Vaccination in Bombay 1863-1868 - 1863-1868
Year: 1863
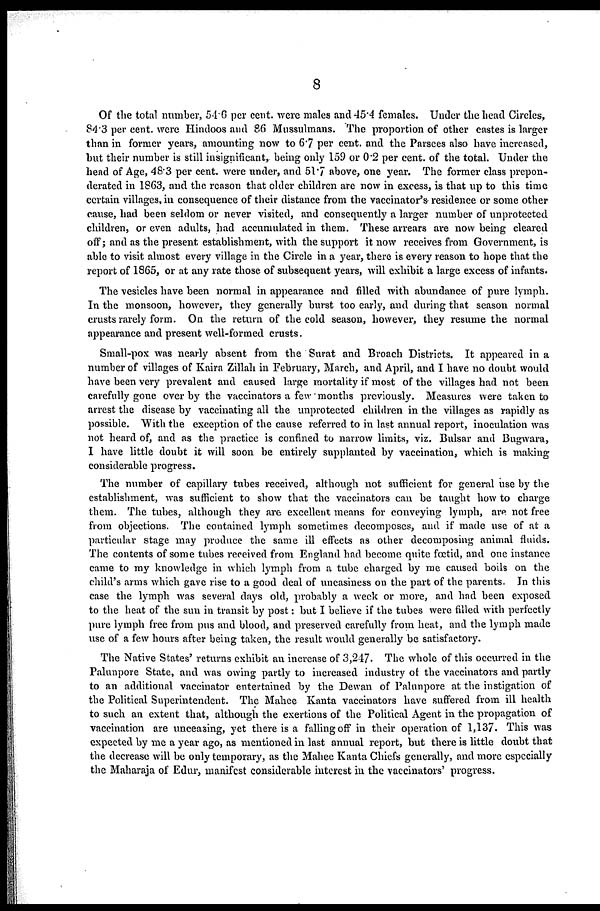
8
Of the total number, 54.6 per cent. were males and 45.4 females. Under the head Circles,
84.3 per cent. were Hindoos and 86 Mussulmans. The proportion of other castes is larger
than in former years, amounting now to 6.7 per cent. and the Parsees also have increased,
but their number is still insignificant, being only 159 or 0.2 per cent. of the total. Under the
head of Age, 48.3 per cent. were under, and 51.7 above, one year. The former class prepon-
derated in 1863, and the reason that older children are now in excess, is that up to this time
certain villages, in consequence of their distance from the vaccinator's residence or some other
cause, had been seldom or never visited, and consequently a larger number of unprotected
children, or even adults, had accumulated in them. These arrears are now being cleared
off; and as the present establishment, with the support it now receives from Government, is
able to visit almost every village in the Circle in a year, there is every reason to hope that the
report of 1865, or at any rate those of subsequent years, will exhibit a large excess of infants.
The vesicles have been normal in appearance and filled with abundance of pure lymph.
In the monsoon, however, they generally burst too early, and during that season normal
crusts rarely form. On the return of the cold season, however, they resume the normal
appearance and present well-formed crusts.
Small-pox was nearly absent from the Surat and Broach Districts. It appeared in a
number of villages of Kaira Zillah in February, March, and April, and I have no doubt would
have been very prevalent and caused large mortality if most of the villages had not been
carefully gone over by the vaccinators a few months previously. Measures were taken to
arrest the disease by vaccinating all the unprotected children in the villages as rapidly as
possible. With the exception of the cause referred to in last annual report, inoculation was
not heard of, and as the practice is confined to narrow limits, viz. Bulsar and Bugwara,
I have little doubt it will soon be entirely supplanted by vaccination, which is making
considerable progress.
The number of capillary tubes received, although not sufficient for general use by the
establishment, was sufficient to show that the vaccinators can be taught how to charge
them. The tubes, although they are excellent means for conveying lymph, are not free
from objections. The contained lymph sometimes decomposes, and if made use of at a
particular stage may produce the same ill effects as other decomposing animal fluids.
The contents of some tubes received from England had become quite fœtid, and one instance
came to my knowledge in which lymph from a tube charged by me caused boils on the
child's arms which gave rise to a good deal of uneasiness on the part of the parents. In this
case the lymph was several days old, probably a week or more, and had been exposed
to the heat of the sun in transit by post: but I believe if the tubes were filled with perfectly
pure lymph free from pus and blood, and preserved carefully from heat, and the lymph made
use of a few hours after being taken, the result would generally be satisfactory.
The Native States' returns exhibit an increase of 3,247. The whole of this occurred in the
Palunpore State, and was owing partly to increased industry of the vaccinators and partly
to an additional vaccinator entertained by the Dewan of Palunpore at the instigation of
the Political Superintendent. The Mahee Kanta vaccinators have suffered from ill health
to such an extent that, although the exertions of the Political Agent in the propagation of
vaccination are unceasing, yet there is a falling off in their operation of 1,137. This was
expected by me a year ago, as mentioned in last annual report, but there is little doubt that
the decrease will be only temporary, as the Mahee Kanta Chiefs generally, and more especially
the Maharaja of Edur, manifest considerable interest in the vaccinators' progress.